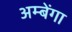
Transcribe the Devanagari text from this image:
अम्बेंगा